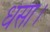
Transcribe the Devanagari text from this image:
धंसा।